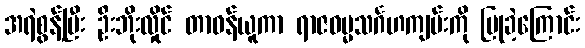
အရဲစွန့်ပြီး ဦးဘိုးလှိုင် တာဝန်ယူကာ ရာဇဓမ္မသင်္ဂဟကျမ်းကို ပြုခဲ့ကြောင်း